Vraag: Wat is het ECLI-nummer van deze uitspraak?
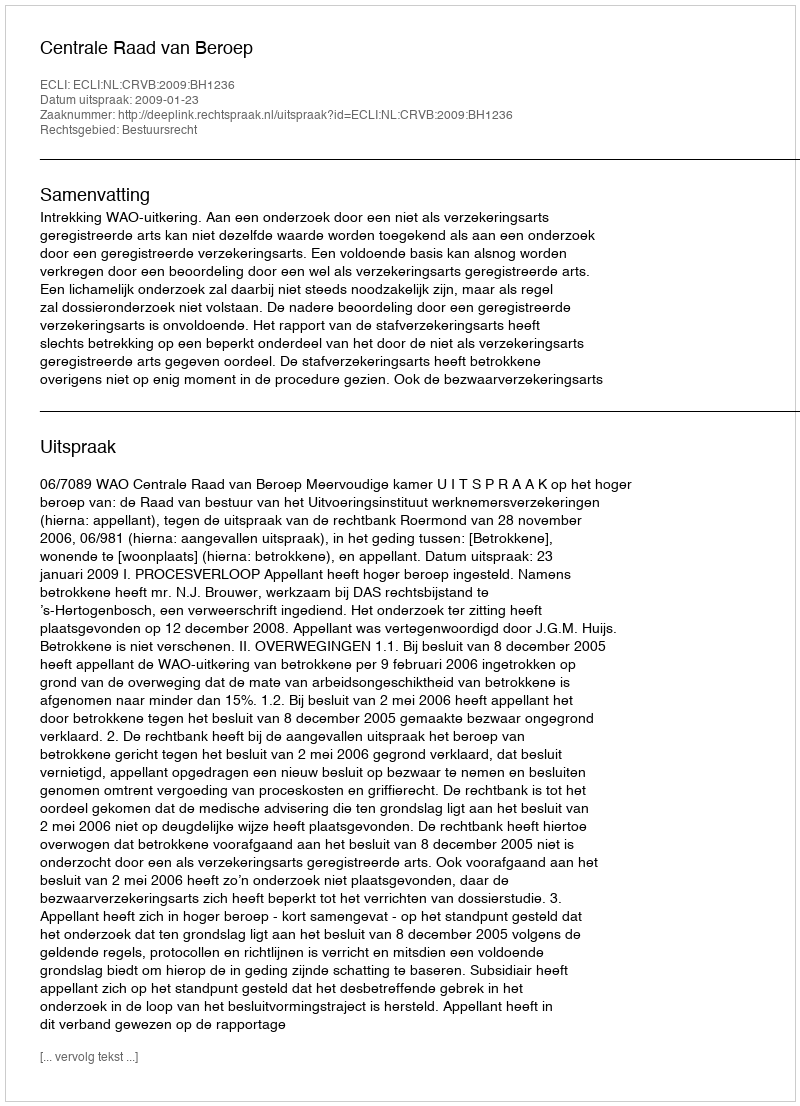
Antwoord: ECLI:NL:CRVB:2009:BH1236